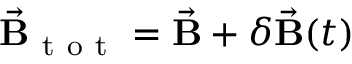
\vec { \mathbf B } _ { \mathrm { ~ t ~ o ~ t ~ } } = \vec { \mathbf B } + \delta \vec { \mathbf { B } } ( t )